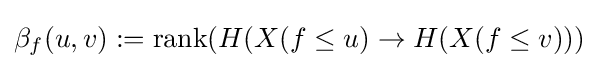
\beta _{f}(u,v):=\mathrm {rank} (H(X(f\leq u)\to H(X(f\leq v)))